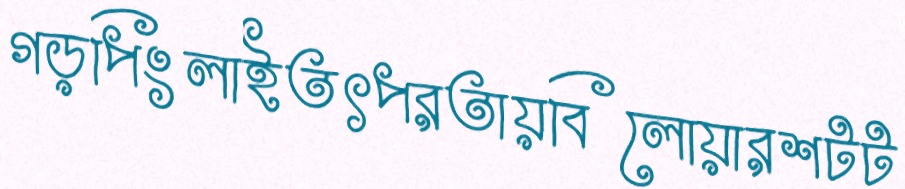
গড়পিংলাইতৎপরতায়বিলোয়ারশটট